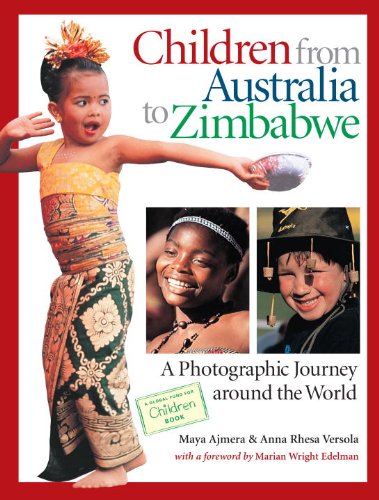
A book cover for Children from Australia to Zimbabwe; Maya Ajmera; Children's Books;